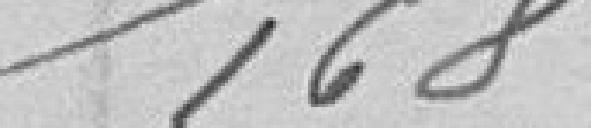
168